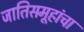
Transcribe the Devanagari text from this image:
जातिसमूहांचा